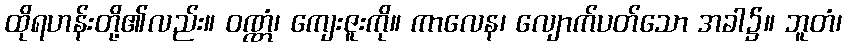
ထိုရဟန်းတို့၏လည်း။ ဝဏ္ဏံ၊ ကျေးဇူးကို။ ကာလေန၊ လျောက်ပတ်သော အခါ၌။ ဘူတံ၊